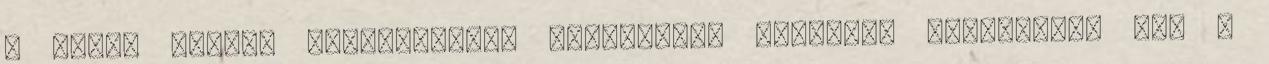
A sötét tónusú harmóniákat, dallamokat kitűnően támogatták meg a